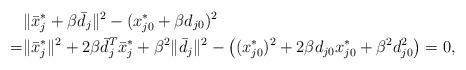
LaTeX: \begin{align*}& \|\bar x^*_j + \beta \bar d_j\|^2 - (x^*_{j0} + \beta d_{j0})^2 \\ =& \|\bar x^*_j\|^2 + 2 \beta \bar d_j^T \bar x^*_j + \beta^2 \|\bar d_j\|^2 - \left((x^*_{j0})^2 + 2\beta d_{j0}x^*_{j0} +\beta^2 d_{j0}^2\right)=0,\end{align*}